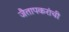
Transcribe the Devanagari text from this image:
जैतापकरांची